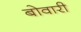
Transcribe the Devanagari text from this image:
बोवारी